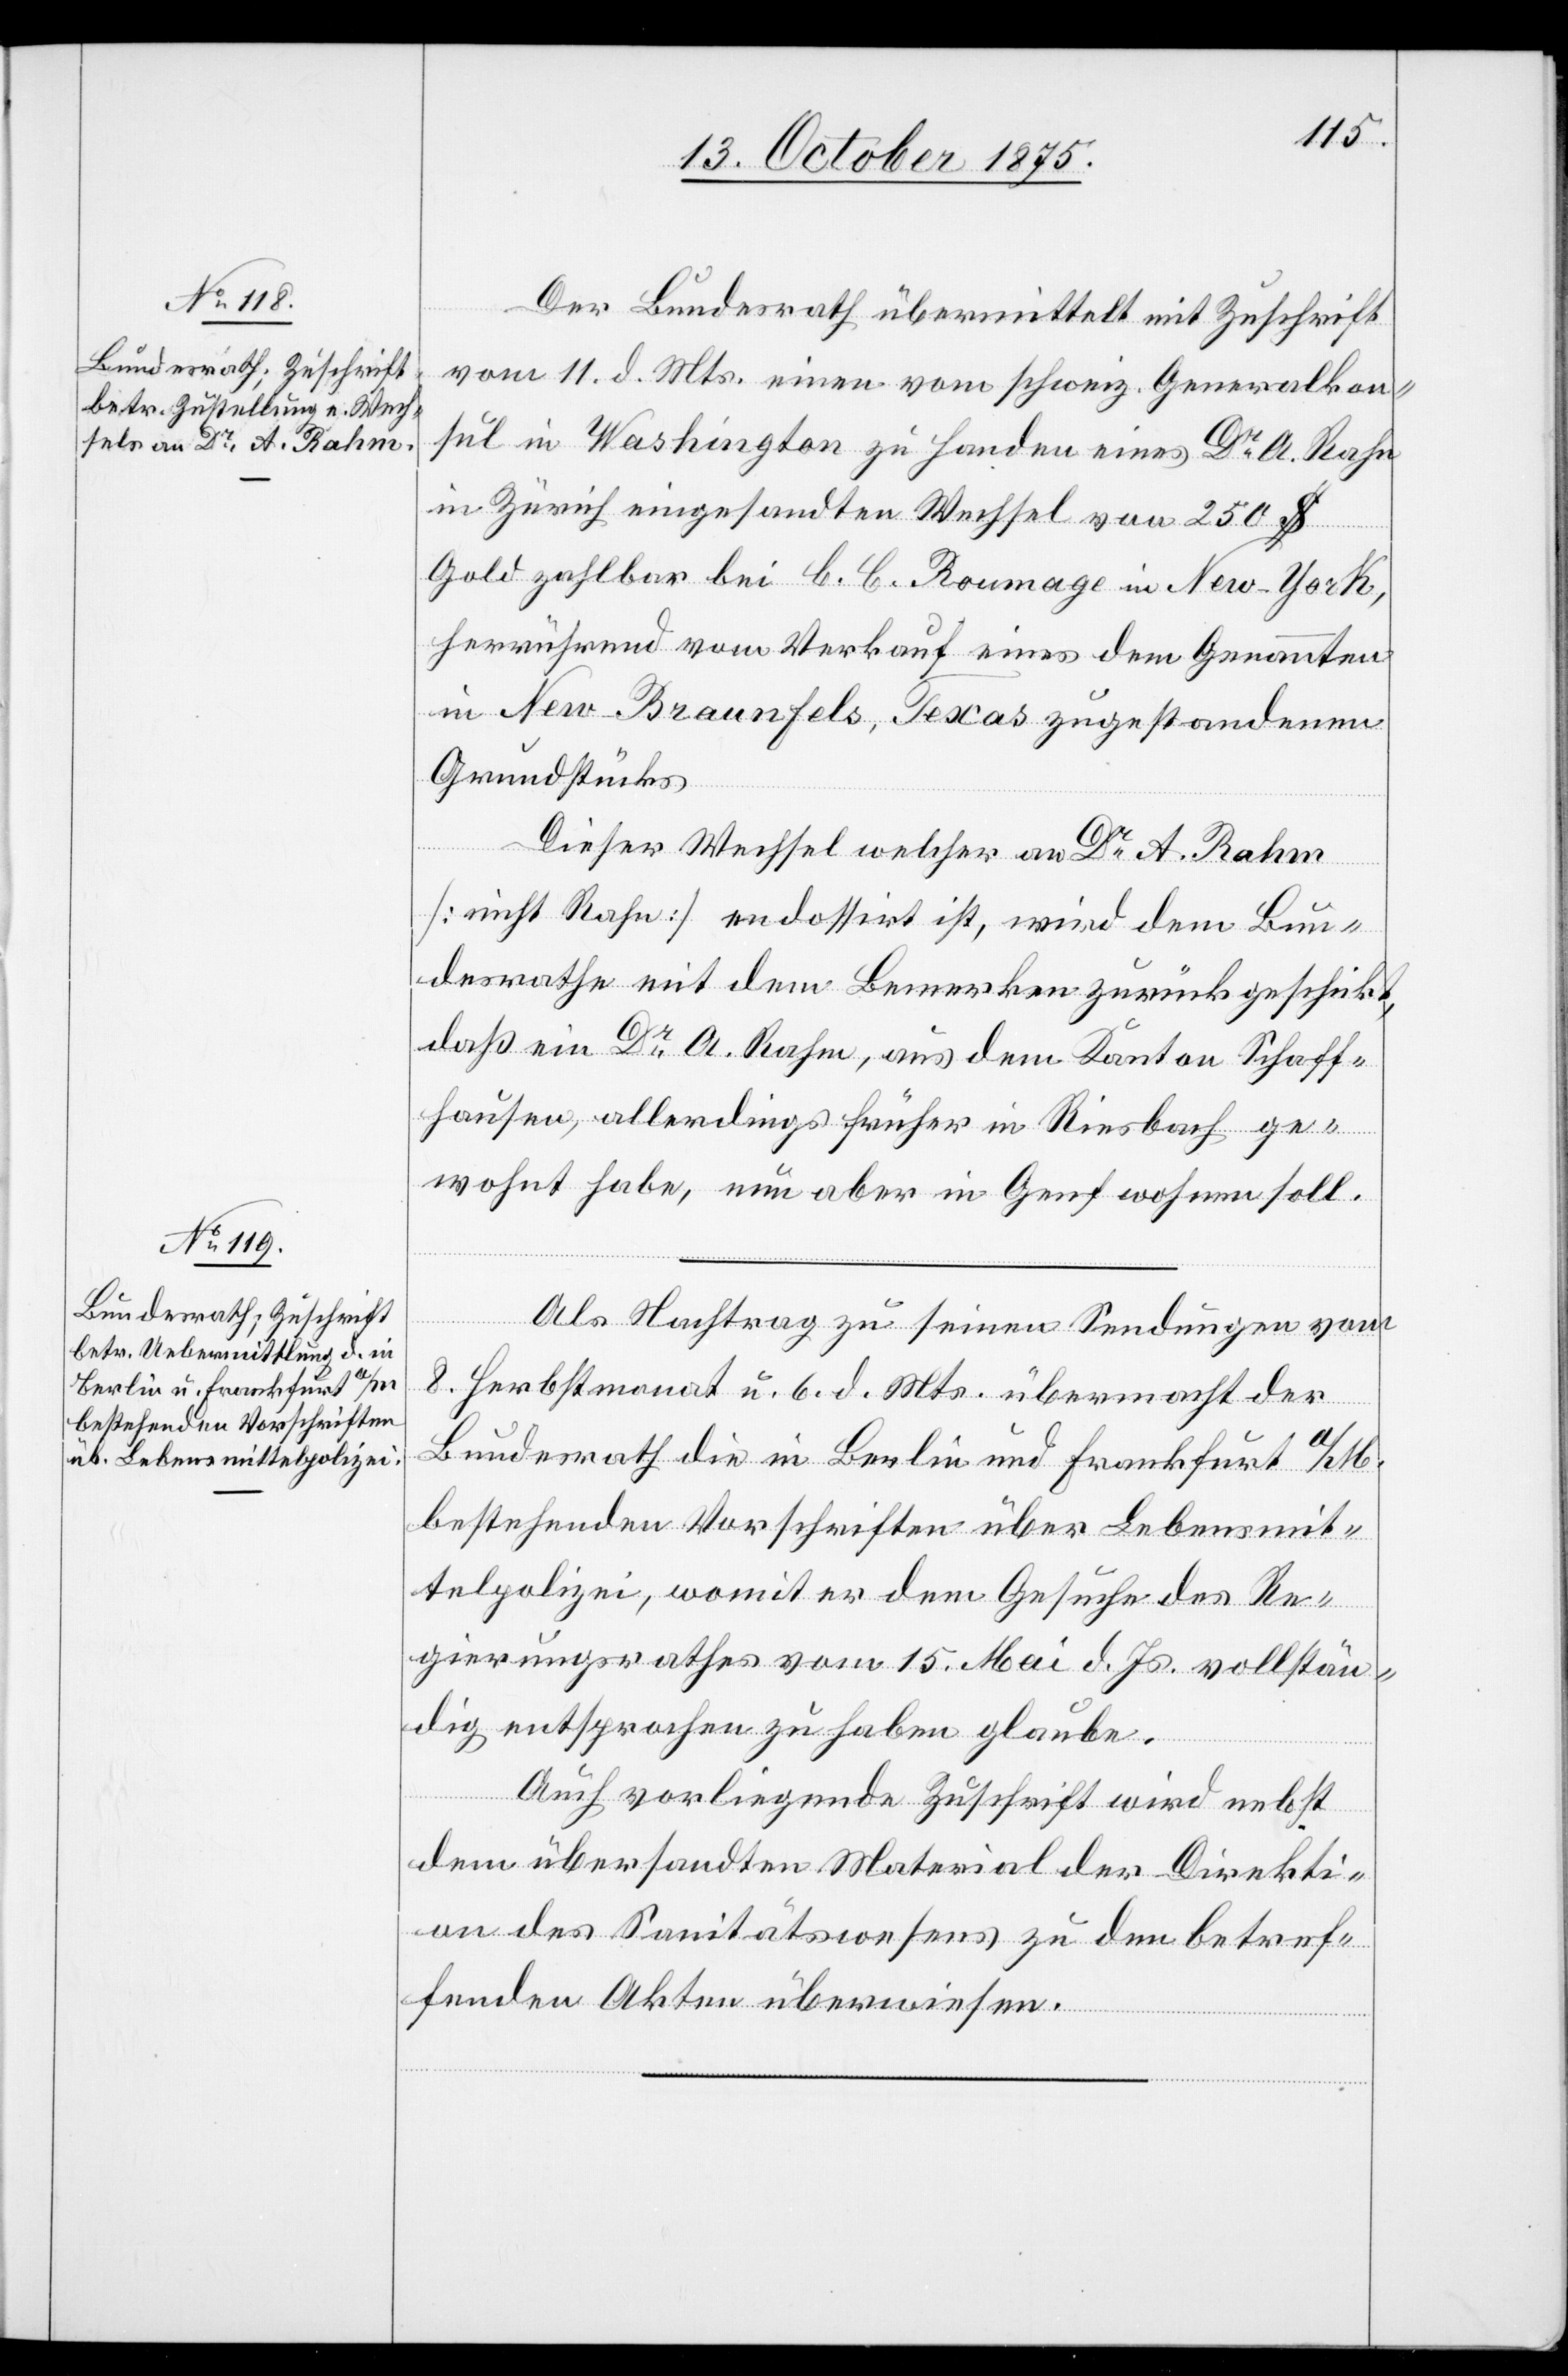
14. October 1875.]
Der Bundesrath übermittelt mit Zuschrift
vom 11. d. Mts einen vom schweiz. Generalkon¬
sul in Washington zu Handen eines Dr A. Rahn
in Zürich eingesandten Wechsel von 250 $
Gold zahlbar bei B. B. Roumage in New-York,
herrührend vom Verkauf eines dem Genannten
in New Braunfels, Texas zugestandenen
Grundstücks.
Dieser Wechsel welcher an Dr. A. Rahm
[nicht Rahn] endossirt ist, wird dem Bun¬
desrathe mit dem Bemerken zurückgeschickt,
daß ein Dr. A. Rahm, aus dem Kanton Schaff¬
hausen, allerdings früher in Riesbach ge¬
wohnt habe, nun aber in Genf wohnen soll.
Als Nachtrag zu seinen Sendungen vom
8. Herbstmonat u. 6. d. Mts. übermacht der
Bundesrath die in Berlin und Frankfurt a/M.
bestehenden Vorschriften über Lebensmit¬
telpolizei, womit er dem Gesuche des Re¬
gierungsrathes vom 15. Mai d. Js. vollstän¬
dig entsprochen zu haben glaube.
Auch vorliegende Zuschrift wird nebst
dem übersandten Material der Direkti¬
on des Sanitätswesens zu den betref¬
fenden Akten überwiesen.